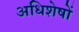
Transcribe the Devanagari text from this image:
अधिशेषों